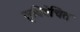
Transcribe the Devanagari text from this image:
सुविवेचित